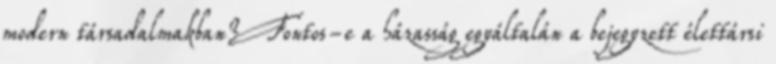
modern társadalmakban? Fontos-e a házasság egyáltalán a bejegyzett élettársi